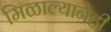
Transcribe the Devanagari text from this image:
मिळाल्यानेही